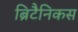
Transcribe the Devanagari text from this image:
ब्रिटैनिकस